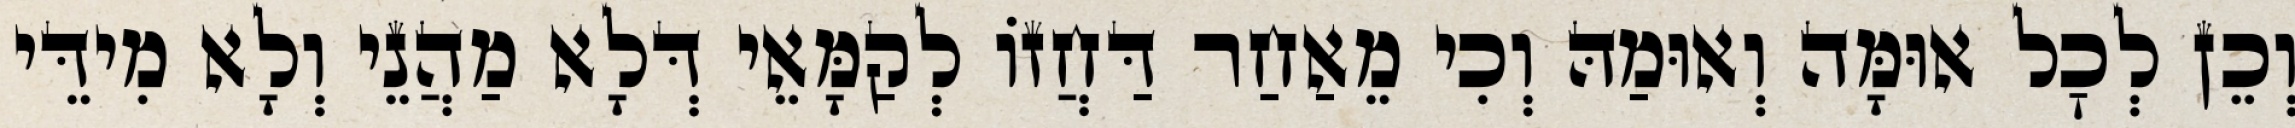
וְכֵן לְכׇל אוּמָּה וְאוּמַהּ וְכִי מֵאַחַר דַּחֲזוֹ לְקַמָּאֵי דְּלָא מַהֲנֵי וְלָא מִידֵּי